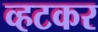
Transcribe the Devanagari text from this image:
व्हटकर